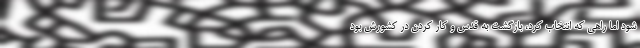
شود اما راهی که انتخاب کرد، بازگشت به قدس و کار کردن در کشورش بود